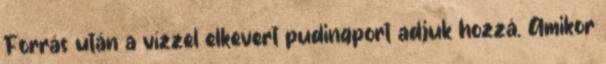
Forrás után a vízzel elkevert pudingport adjuk hozzá. Amikor